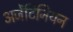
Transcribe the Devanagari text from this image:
अर्जेंटिनियन